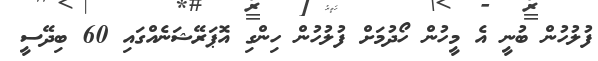
ފުލުހުން ބުނީ އެ މީހުން ހޯދުމަށް ފުލުހުން ހިންގި އޮޕަރޭޝަނެއްގައި 60 ބިދޭސީ